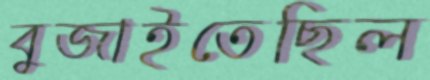
বুজাইতেছিল